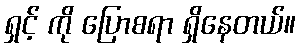
ရှင့် ကို ပြောစရာ ရှိနေတယ်။